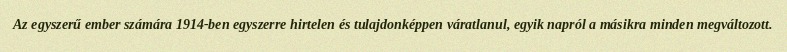
Az egyszerű ember számára 1914-ben egyszerre hirtelen és tulajdonképpen váratlanul, egyik napról a másikra minden megváltozott.